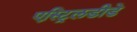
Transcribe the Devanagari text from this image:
एस्ट्रिलडीडे